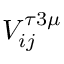
V _ { i j } ^ { \tau 3 \mu }